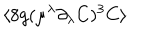
\langle 8 g ( \mu ^ { \lambda } \partial _ { \lambda } { C } ) ^ { 3 } C \rangle